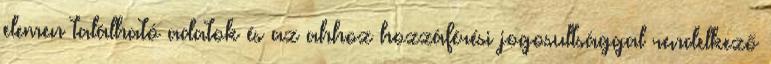
elemen található adatok és az ahhoz hozzáférési jogosultsággal rendelkező